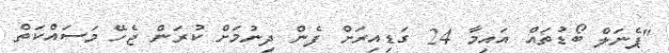
"ޕެނަލް ބޯޑުތައް އައިމާ 24 ގަޑިއިރަށް ފެން ދިނުމަށް ކުރަން ޖެހޭ މަސައްކަތް